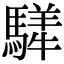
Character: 𩥍